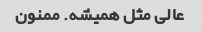
عالی مثل همیشه. ممنون